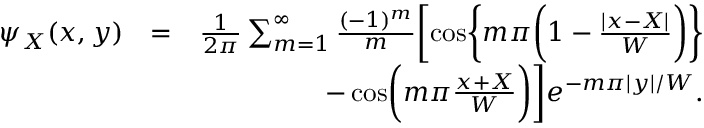
\begin{array} { r l r } { \psi _ { X } ( x , y ) } & { = } & { \frac { 1 } { 2 \pi } \sum _ { m = 1 } ^ { \infty } \frac { ( - 1 ) ^ { m } } { m } \biggl [ \cos \biggl \{ m \pi \biggl ( 1 - \frac { | x - X | } { W } \biggr ) \biggr \} } \\ & { } & { - \cos \biggl ( m \pi \frac { x + X } { W } \biggr ) \biggr ] e ^ { - m \pi | y | / W } . } \end{array}